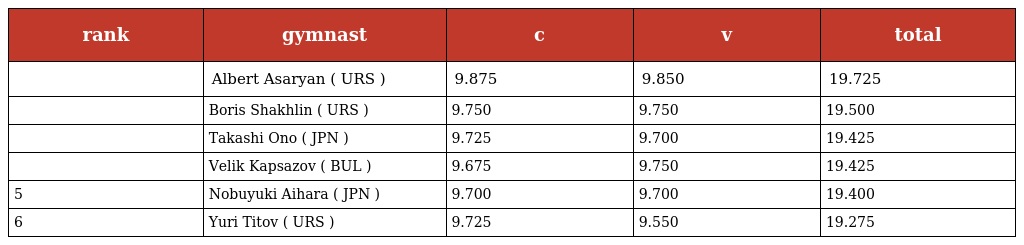
| rank | gymnast | c | v | total |
 | --- | --- | --- | --- | --- |
 |  | Albert Asaryan ( URS ) | 9.875 | 9.850 | 19.725 |
 |  | Boris Shakhlin ( URS ) | 9.750 | 9.750 | 19.500 |
 |  | Takashi Ono ( JPN ) | 9.725 | 9.700 | 19.425 |
 |  | Velik Kapsazov ( BUL ) | 9.675 | 9.750 | 19.425 |
 | 5 | Nobuyuki Aihara ( JPN ) | 9.700 | 9.700 | 19.400 |
 | 6 | Yuri Titov ( URS ) | 9.725 | 9.550 | 19.275 |